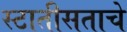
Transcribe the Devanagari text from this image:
स्टातीसताचे